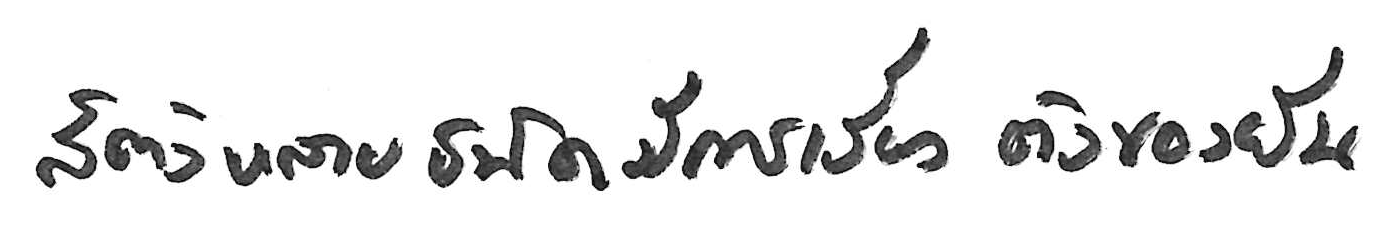
สัตว์หลายชนิดมีการเรียงตัวของยีน